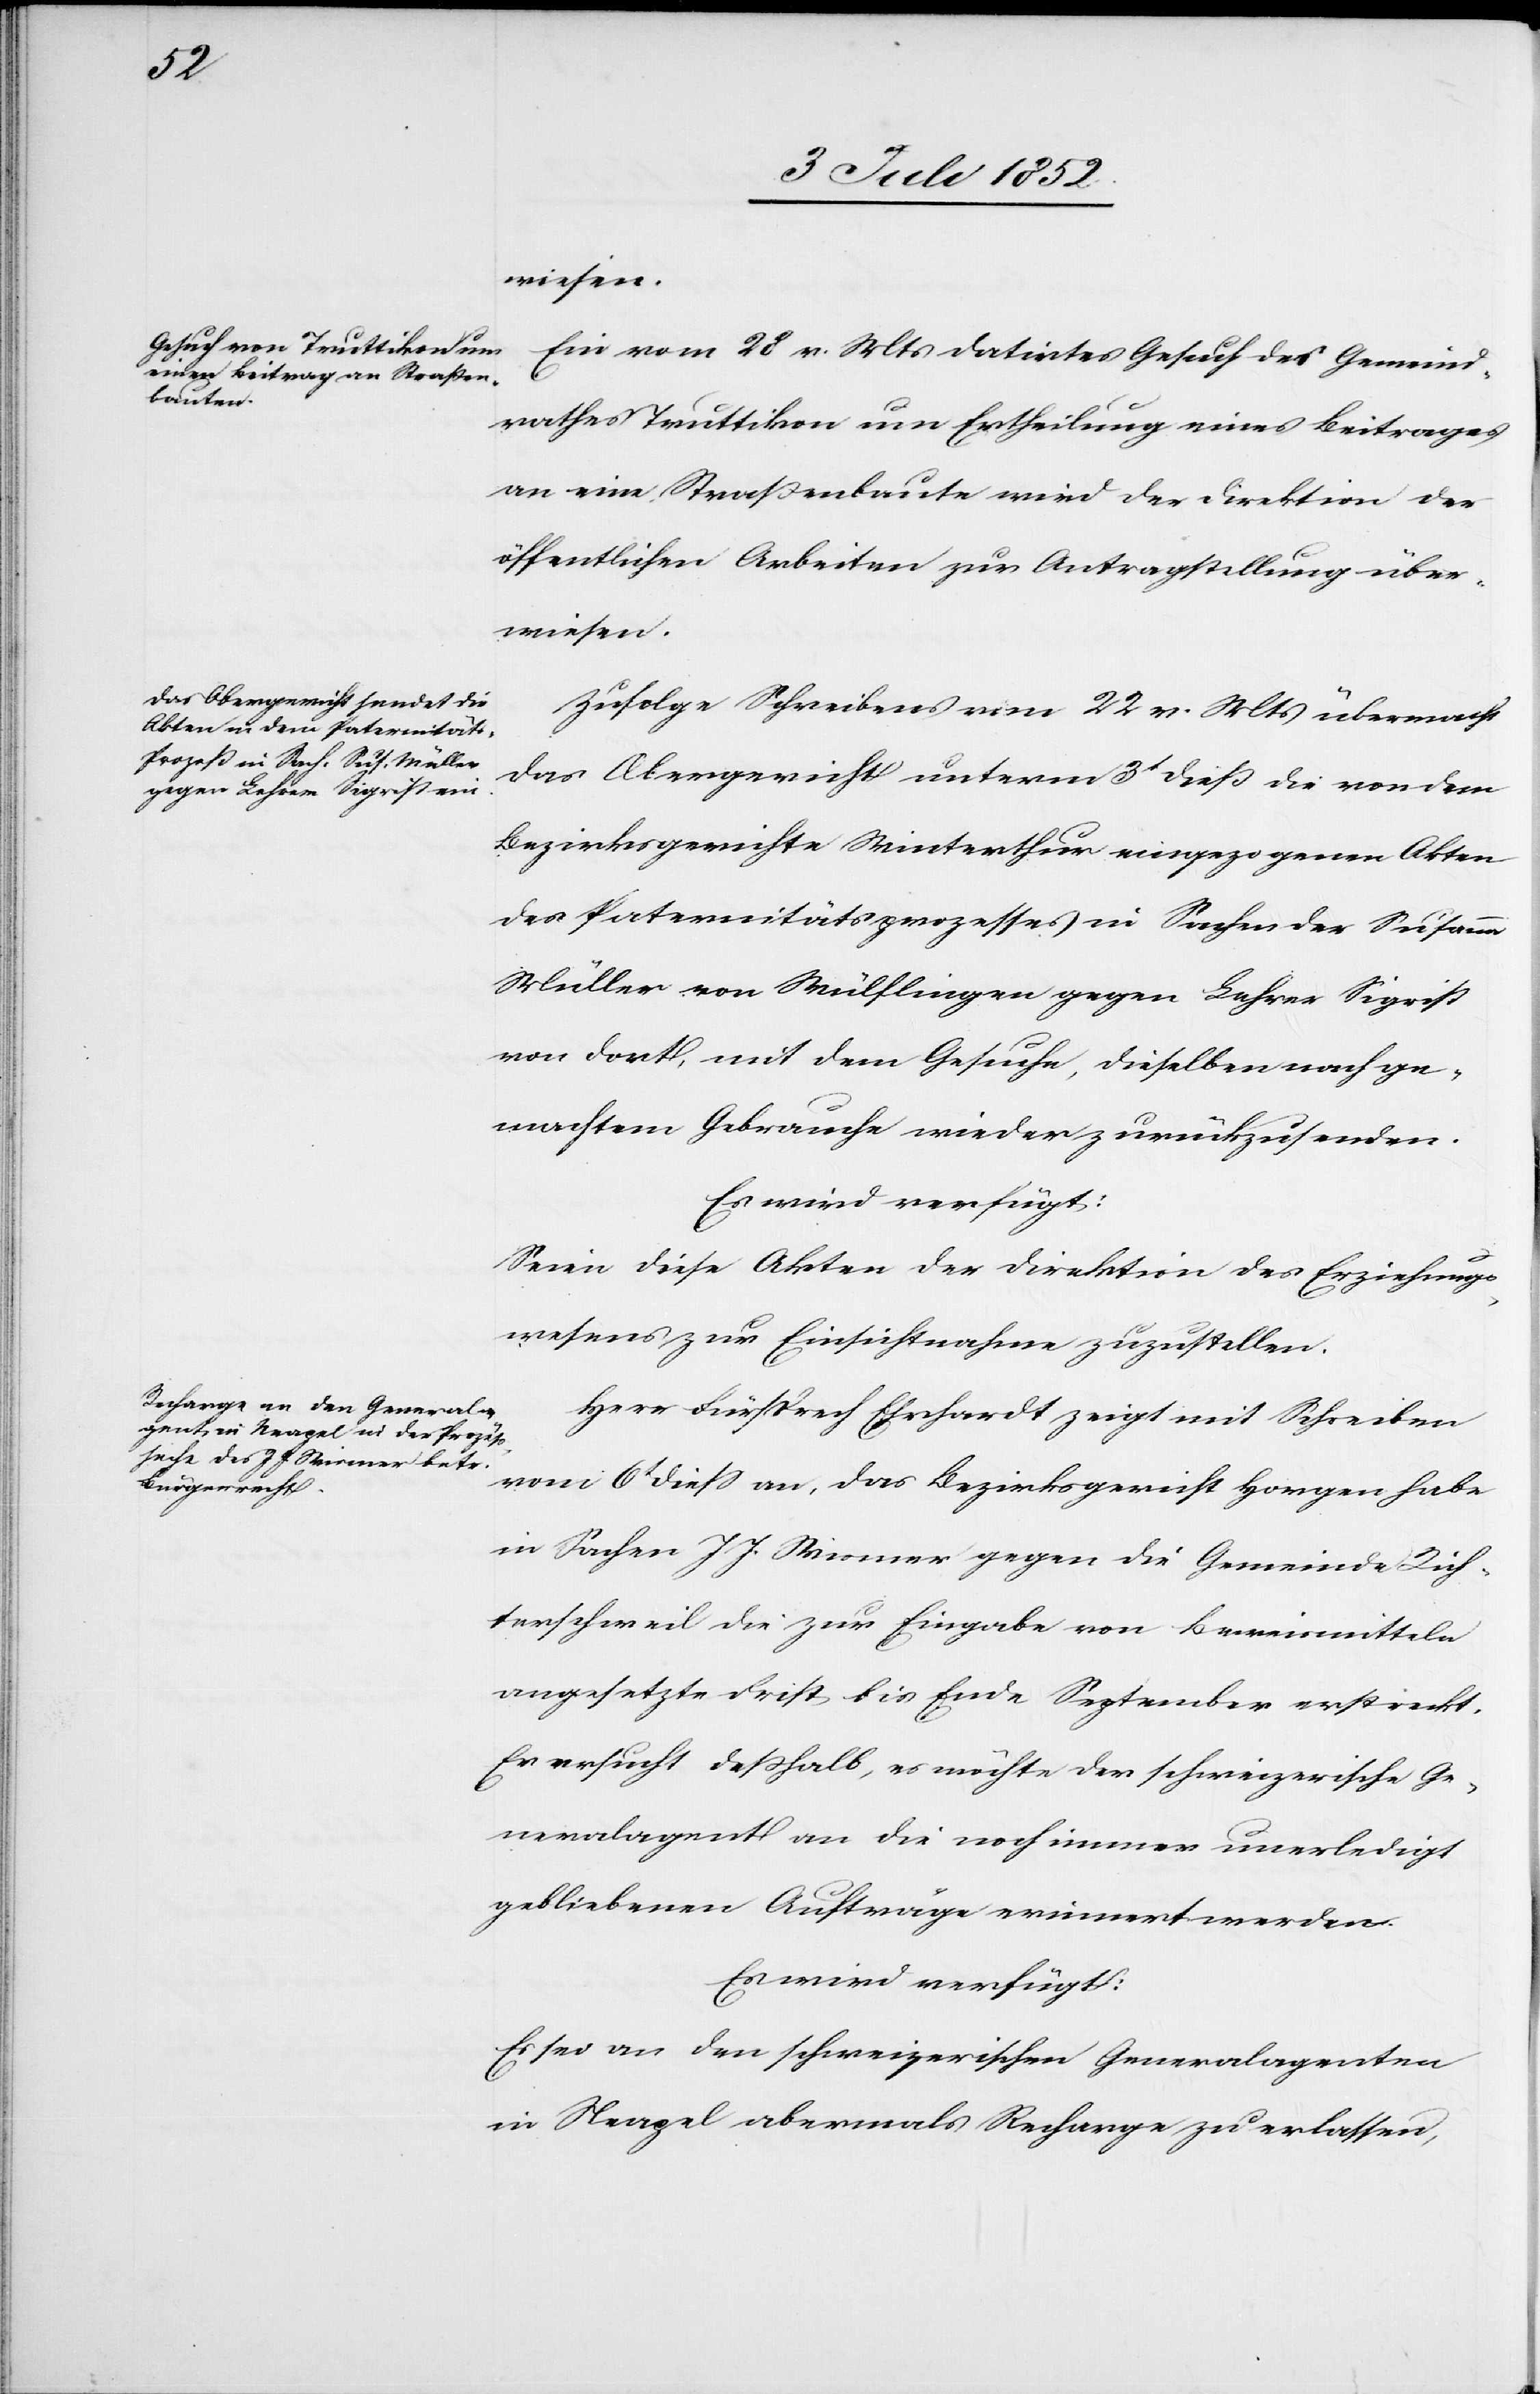
6t Juli 1852.]
Ein vom 28 v. Mts datirtes Gesuch des Gemeind¬
rathes Truttikon um Ertheilung eines Beitrages
an eine Straßenbaute wird der Direktion der
öffentlichen Arbeiten zur Antragstellung über¬
wiesen.
Zufolge Schreibens vom 22 v. Mts übermacht
das Obergericht unterm 3t dieß die von dem
Bezirksgerichte Winterthur eingezogenen Akten
des Paternitätsprozesses in Sachen der Susanna
Müller von Wülflingen gegen Lehrer Sigrist
von dort, mit dem Gesuche, dieselben nach ge¬
machtem Gebrauche wieder zurückzusenden.
Es wird verfügt:
Seien diese Akten der Direktion des Erziehungs¬
wesens zur Einsichtnahme zuzustellen.
Herr Fürsprech Ehrhardt zeigt mit Schreiben
vom 6t diess an, das Bezirksgericht Horgen habe
in Sachen J J. Wismer gegen die Gemeinde Rich¬
terschweil die zur Eingabe von Beweismitteln
angesetzte Frist bis Ende September erstreckt.
Er ersucht deßhalb, es möchte der schweizerische Ge¬
neralagent an die noch immer unerledigt
gebliebenen Aufträge erinnert werden.
Es wird verfügt:
Es sei an den schweizerischen Generalagenten
in Neapel abermals Recharge zu erlassen,